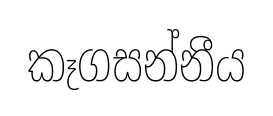
කෑගසන්නීය